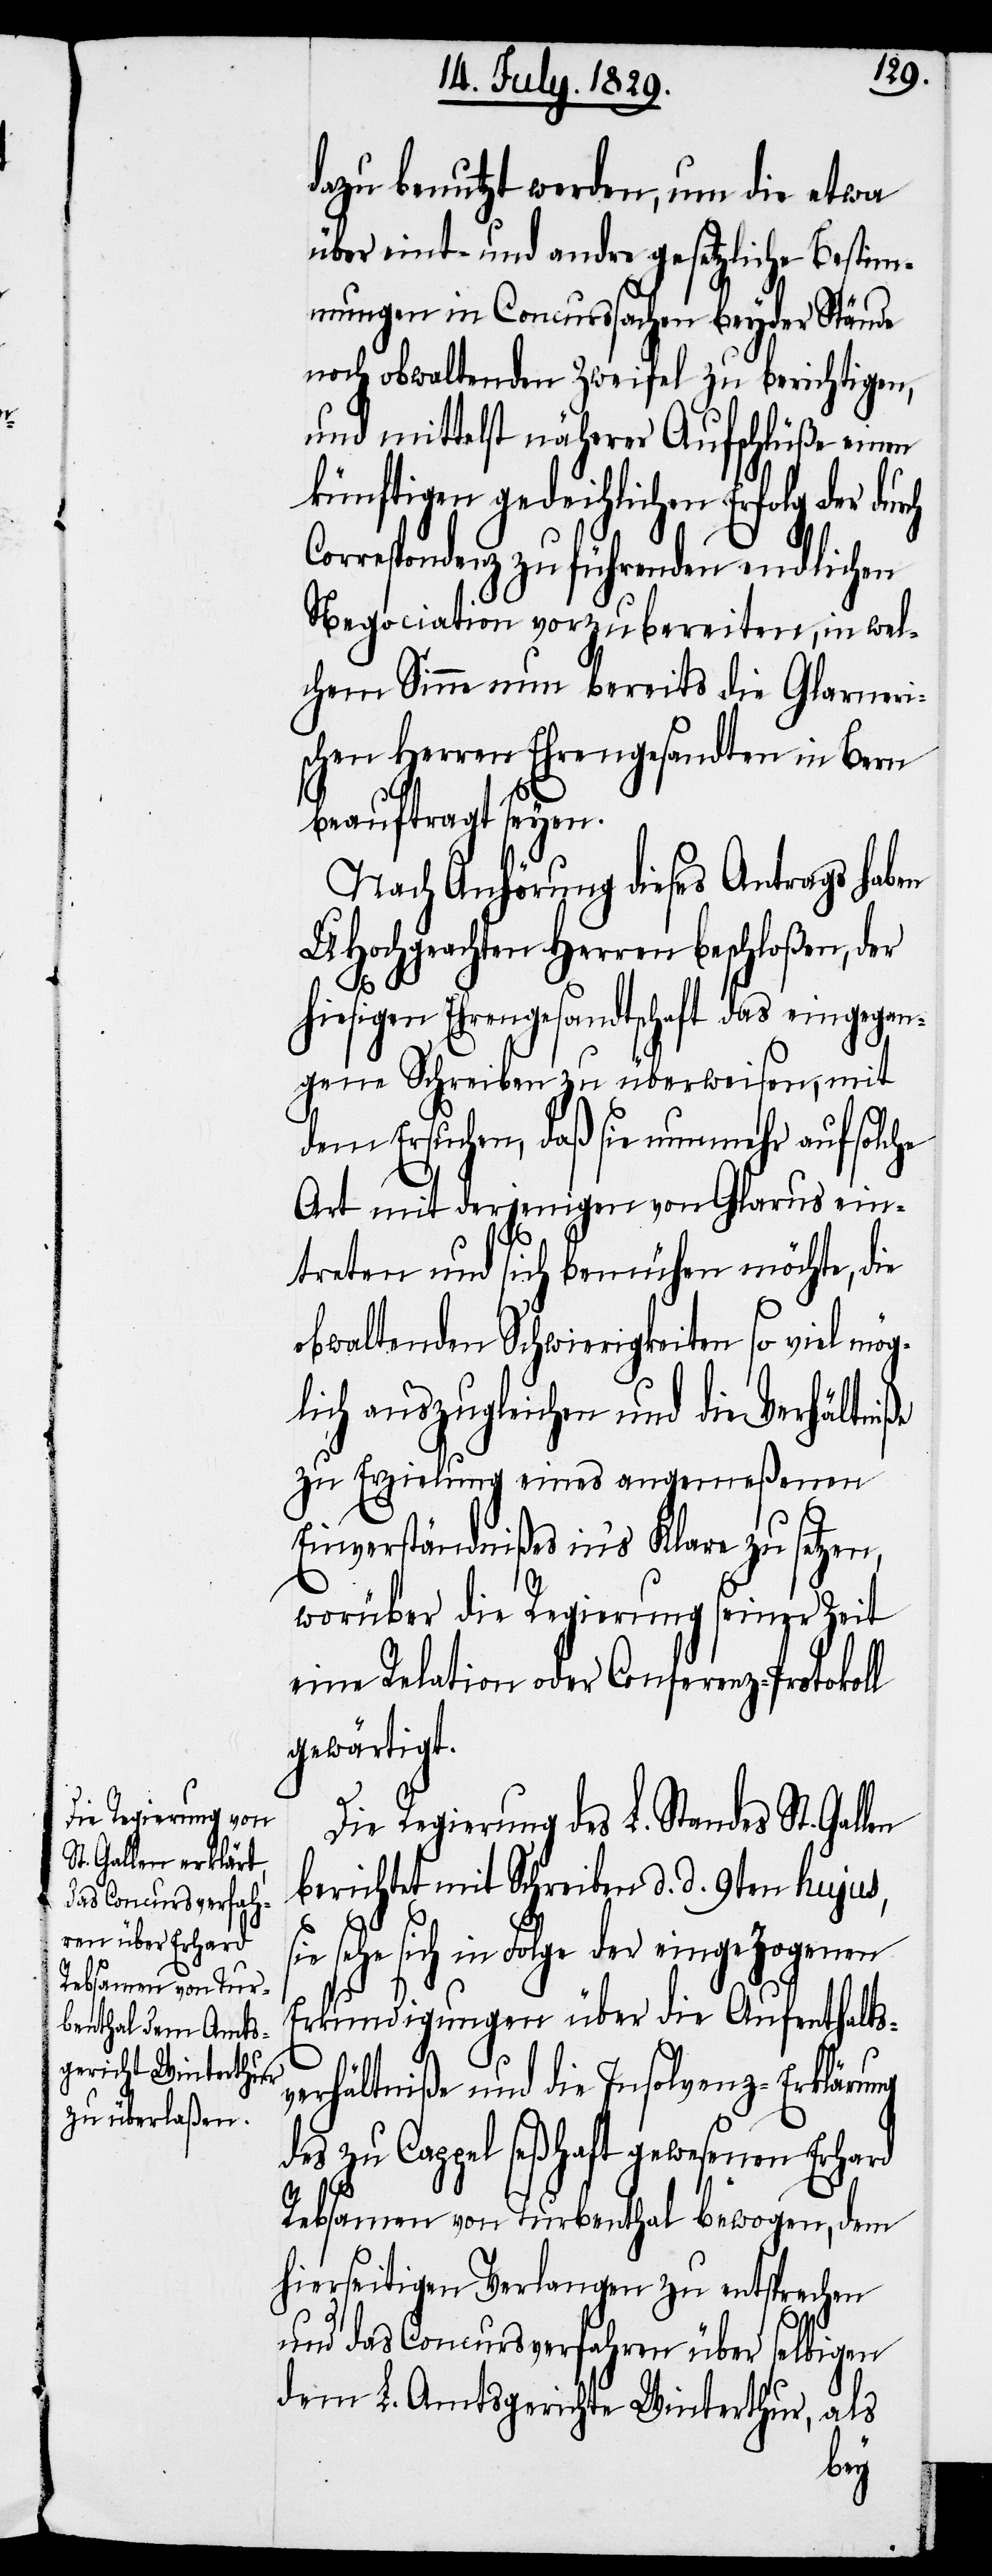
dazu benutzt werden, um die etwa
über eint- und andre gesetzliche Bestim¬
mungen in Concurssachen beyder Stände
noch obwaltenden Zweifel zu berichtigen,
und mittelst näherer Aufschlüße einen
künftigen gedeihlichen Erfolg der durch
Correspondenz zu führenden endlichen
Negociation vorzubereiten, in wel¬
chem Sinne nun bereits die Glarneri¬
schen Herren Ehrengesandten in Bern
beauftragt seyen.
Nach Anhörung dieses Antrags haben
UHochgeachten Herren beschloßen, der
hiesigen Ehrengesandtschaft das eingegan¬
gene Schreiben zu überweisen, mit
dem Ersuchen, daß sie nunmehr auf solche
Art mit derjenigen von Glarus ein¬
treten und sich bemühen möchte, die
obwaltenden Schwierigkeiten so viel mög¬
lich auszugleichen und die Verhältniße
zu Erzielung eines angemeßenen
Einverständnißes in’s Klare zu setzen,
worüber die Regierung seiner Zeit
eine Relation oder Conferenz-Protokoll
gewärtigt.
Die Regierung des L. Standes St. Gallen
berichtet mit Schreiben d. d. 9ten hujus,
sie sehe sich in Folge der eingezogenen
Erkundigungen über die Aufenthalts¬
verhältniße und die Insolvenz-Erklärung
des zu Cappel seßhaft gewesenen Erhard
Rebsamen von Turbenthal bewogen, dem
hierseitigen Verlangen zu entsprechen
und das Concursverfahren über selbigen
dem L. Amtsgerichte Winterthur, als